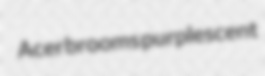
Acer brooms purplescent